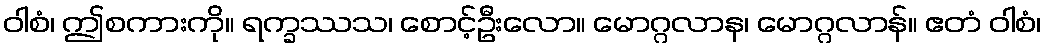
ဝါစံ၊ ဤစကားကို။ ရက္ခဿသ၊ စောင့်ဦးလော။ မောဂ္ဂလာန၊ မောဂ္ဂလာန်။ ဧတံ ဝါစံ၊